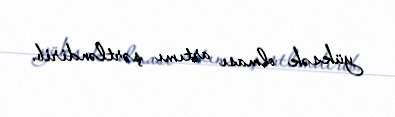
yüksək olması artımı şərtləndirib.